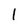
Character: l